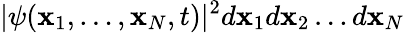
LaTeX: |\psi(\mathbf{x}_{1},\ldots,\mathbf{x}_{N},t)|^{2}d\mathbf{x}_{1}d\mathbf{x}_{2}\ldots{}d\mathbf{x}_{N}